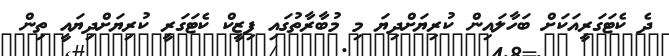
ދެ ކެޓަގަރީއަކަށް ބަހާލައިން ކުރިޔަށްދިޔަ މި މުބާރާތުގައި ފިޒީކް ކެޓަގަރީ ކުރިޔަށްދިޔައީ ތިން